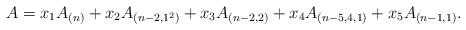
LaTeX: \begin{align*}A &= x_1 A_{(n)} +x_2 A_{(n-2,1^2)} +x_3 A_{(n-2,2)} + x_4 A_{(n-5,4,1)} + x_5 A_{(n-1,1)}.\end{align*}